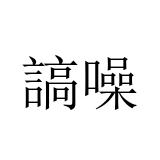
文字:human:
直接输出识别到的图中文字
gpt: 謞噪